NAE_Eesti_seltside_protokollid_1900-1917, lk 8
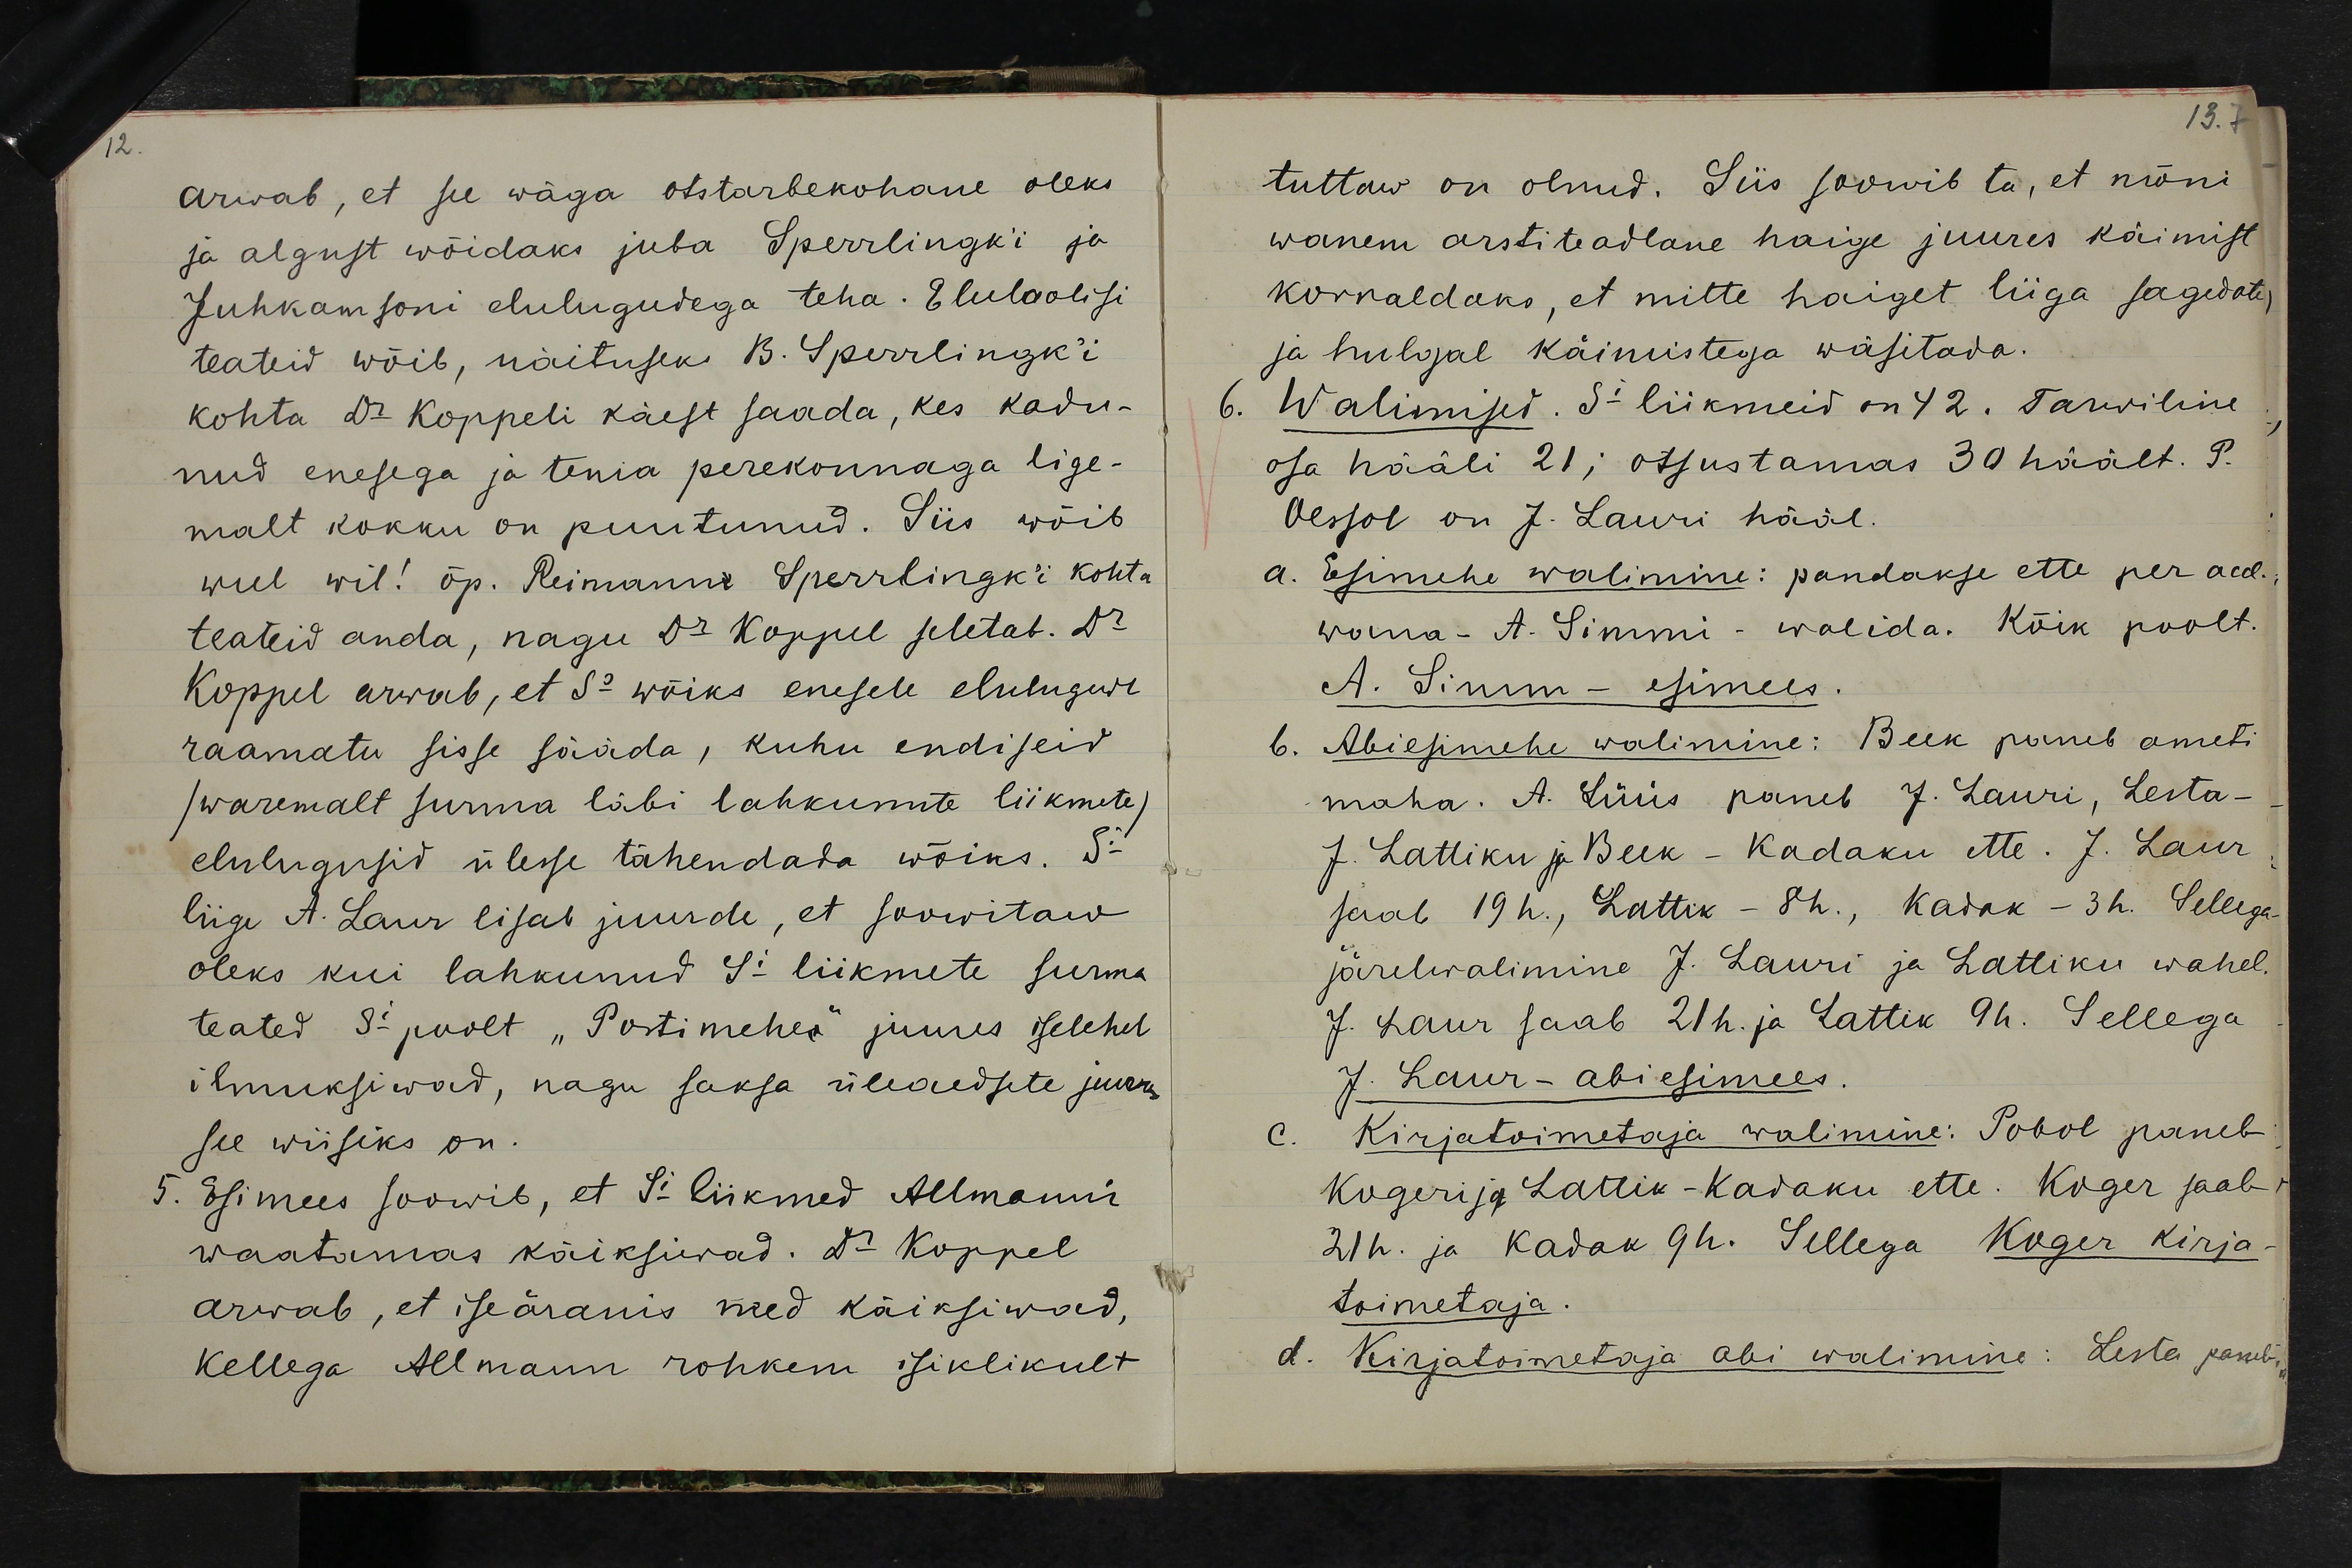
Arwab, et see wäga otstarbekohane oleks
ja algust wõidaks juba Sperrlingk'i ja
Juhkamsoni elulugudega teha. Eluloolisi
teateid wõib, näituseks B. Sperrlingk'i
kohta Dr Koppeli käest saada, kes kadu-
nud enesega ja tema perekonnaga lige-
malt kokku on puutunud. Siis wõib
weel wil! õp. Reimann Sperrlingk'i kohta
teateid anda, nagu Dr Koppel seletab. Dr
Koppel arwab, et Ss wõiks enesele elulugude
raamatu sisse sääda, kuhu endiseid
/waremalt surma läbi lahkunute liikmete/
elulugusid ülesse tähendada wõiks. Si
liige A. Laur lisab juurde, et soowitaw
oleks kui lahkunud Si liikmete surma
teated Si poolt "Postimehe" juures iselehel
ilmuksiwad, nagu saksa üleaedsete juures
see wiisiks on.
5. Esimees soowib, et Si liikmed Allmanni
waatamas käiksiwad. Dr Koppel
arwab, et iseäranis need käiksiwad,
kellega Allmann rohkem isiklikult

tuttaw on olnud. Siis soowib ta, et mõni
wanem arstiteadlane haige juures käimist
korraldaks, et mitte haiget liiga sagedate
ja hulgal käimistega wäsitada.
Walimised. Si liikmeid on 42. Tarwiline
osa hääli 21; otsustamas 30 häält. P.
Oessol on J. Lauri hääl.
a. Esimehe walimine: pandakse ette per acd.
wana- A. Simmi- walida. Kõik poolt.
A. Simm - esimees.
Abiesimehe walimine: Beck paneb ameti
maha. A. Lüüs paneb J. Lauri, Lesta-
J. Lattiku ja Beck - Kadaku ette. J. Laur
saab 19h., Lattik - 8h., Kadak - 3h. Sellega
järelwalimine J. Lauri ja Lattiku wahel.
J. Laur saab 21h. ja Lattik 9h. Sellega
J. Laur-abiesimees.
Kirjatoimetaja walimine: Pobol paneb
Kugeri ja Lattik -Kadaku ette. Koger saab
21h. ja Kadak 9h. Sellega Koger kirja-
toimetaja.
d. Kirjatoimetaja abi walimine: Lesta paneb